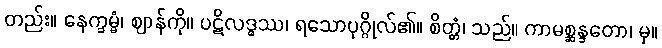
တည်း။ နေက္ခမ္မံ၊ ဈာန်ကို။ ပဋိလဒ္ဓဿ၊ ရသောပုဂ္ဂိုလ်၏။ စိတ္တံ၊ သည်။ ကာမစ္ဆန္ဒတော၊ မှ။